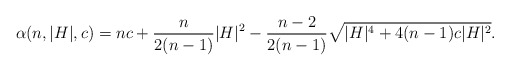
\begin{align*}\alpha ( n, |H| ,c ) =n c+ \frac{n}{2 ( n-1 )} |H|^{2} -\frac{n-2}{2 ( n-1 )} \sqrt{|H|^{4} +4 ( n-1 ) c |H|^{2}}.\end{align*}